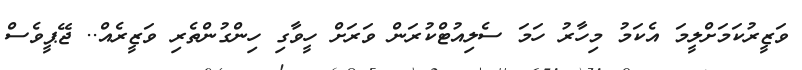
ވަޒީރުކަމަށްލީމަ އެކަމު މިހާރު ހަމަ ސެލިއުޓްކުރަން ވަރަށް ހީވާގި ހިންގުންތެރި ވަޒީރެއް.. ޖޭޕީވެސް